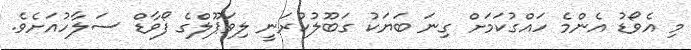
މި އެވޯޑު އެންމެ ހައްގުކަމަށް ގިނަ ބަޔަކު ގަބޫލުކުރަނީ ލިވަޕޫލްގެ ފޯވާޑް ސަލާހުއަށެވެ.